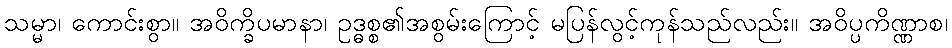
သမ္မာ၊ ကောင်းစွာ။ အဝိက္ခိပမာနာ၊ ဥဒ္ဓစ္စ၏အစွမ်းကြောင့် မပြန်လွင့်ကုန်သည်လည်း။ အဝိပ္ပကိဏ္ဏာစ၊